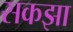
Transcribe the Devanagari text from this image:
सकझा